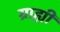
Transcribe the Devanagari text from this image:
ग्राह्यी